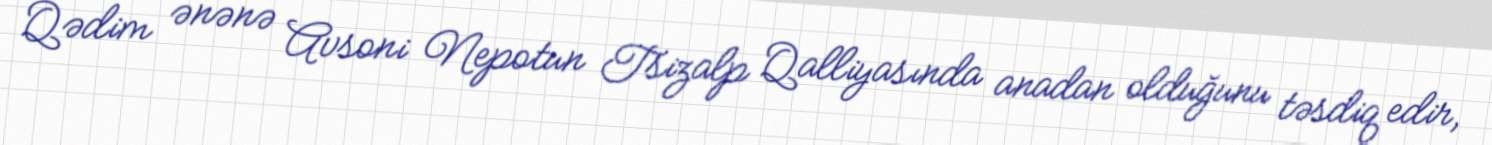
Qədim ənənə Avsoni Nepotun Tsizalp Qalliyasında anadan olduğunu təsdiq edir,